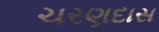
ચરણદાસ